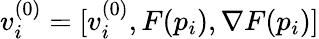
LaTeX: v_{i}^{(0)}=[v_{i}^{(0)},F(p_{i}),\nabla F(p_{i})]